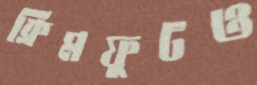
ক্রিমফুটও